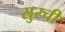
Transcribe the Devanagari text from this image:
सुरची